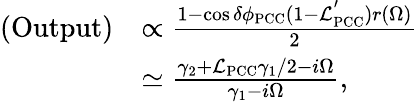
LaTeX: \begin{array}{rl}{\mathrm{(Output)}}&{\propto\frac{1-\cos\delta\phi_{\mathrm{PCC}}(1-\mathcal{L}_{\mathrm{PCC}}^{'})r(\Omega)}{2}}\\ &{\simeq\frac{\gamma_{2}+\mathcal{L}_{\mathrm{PCC}}\gamma_{1}/2-i\Omega}{\gamma_{1}-i\Omega},}\end{array}